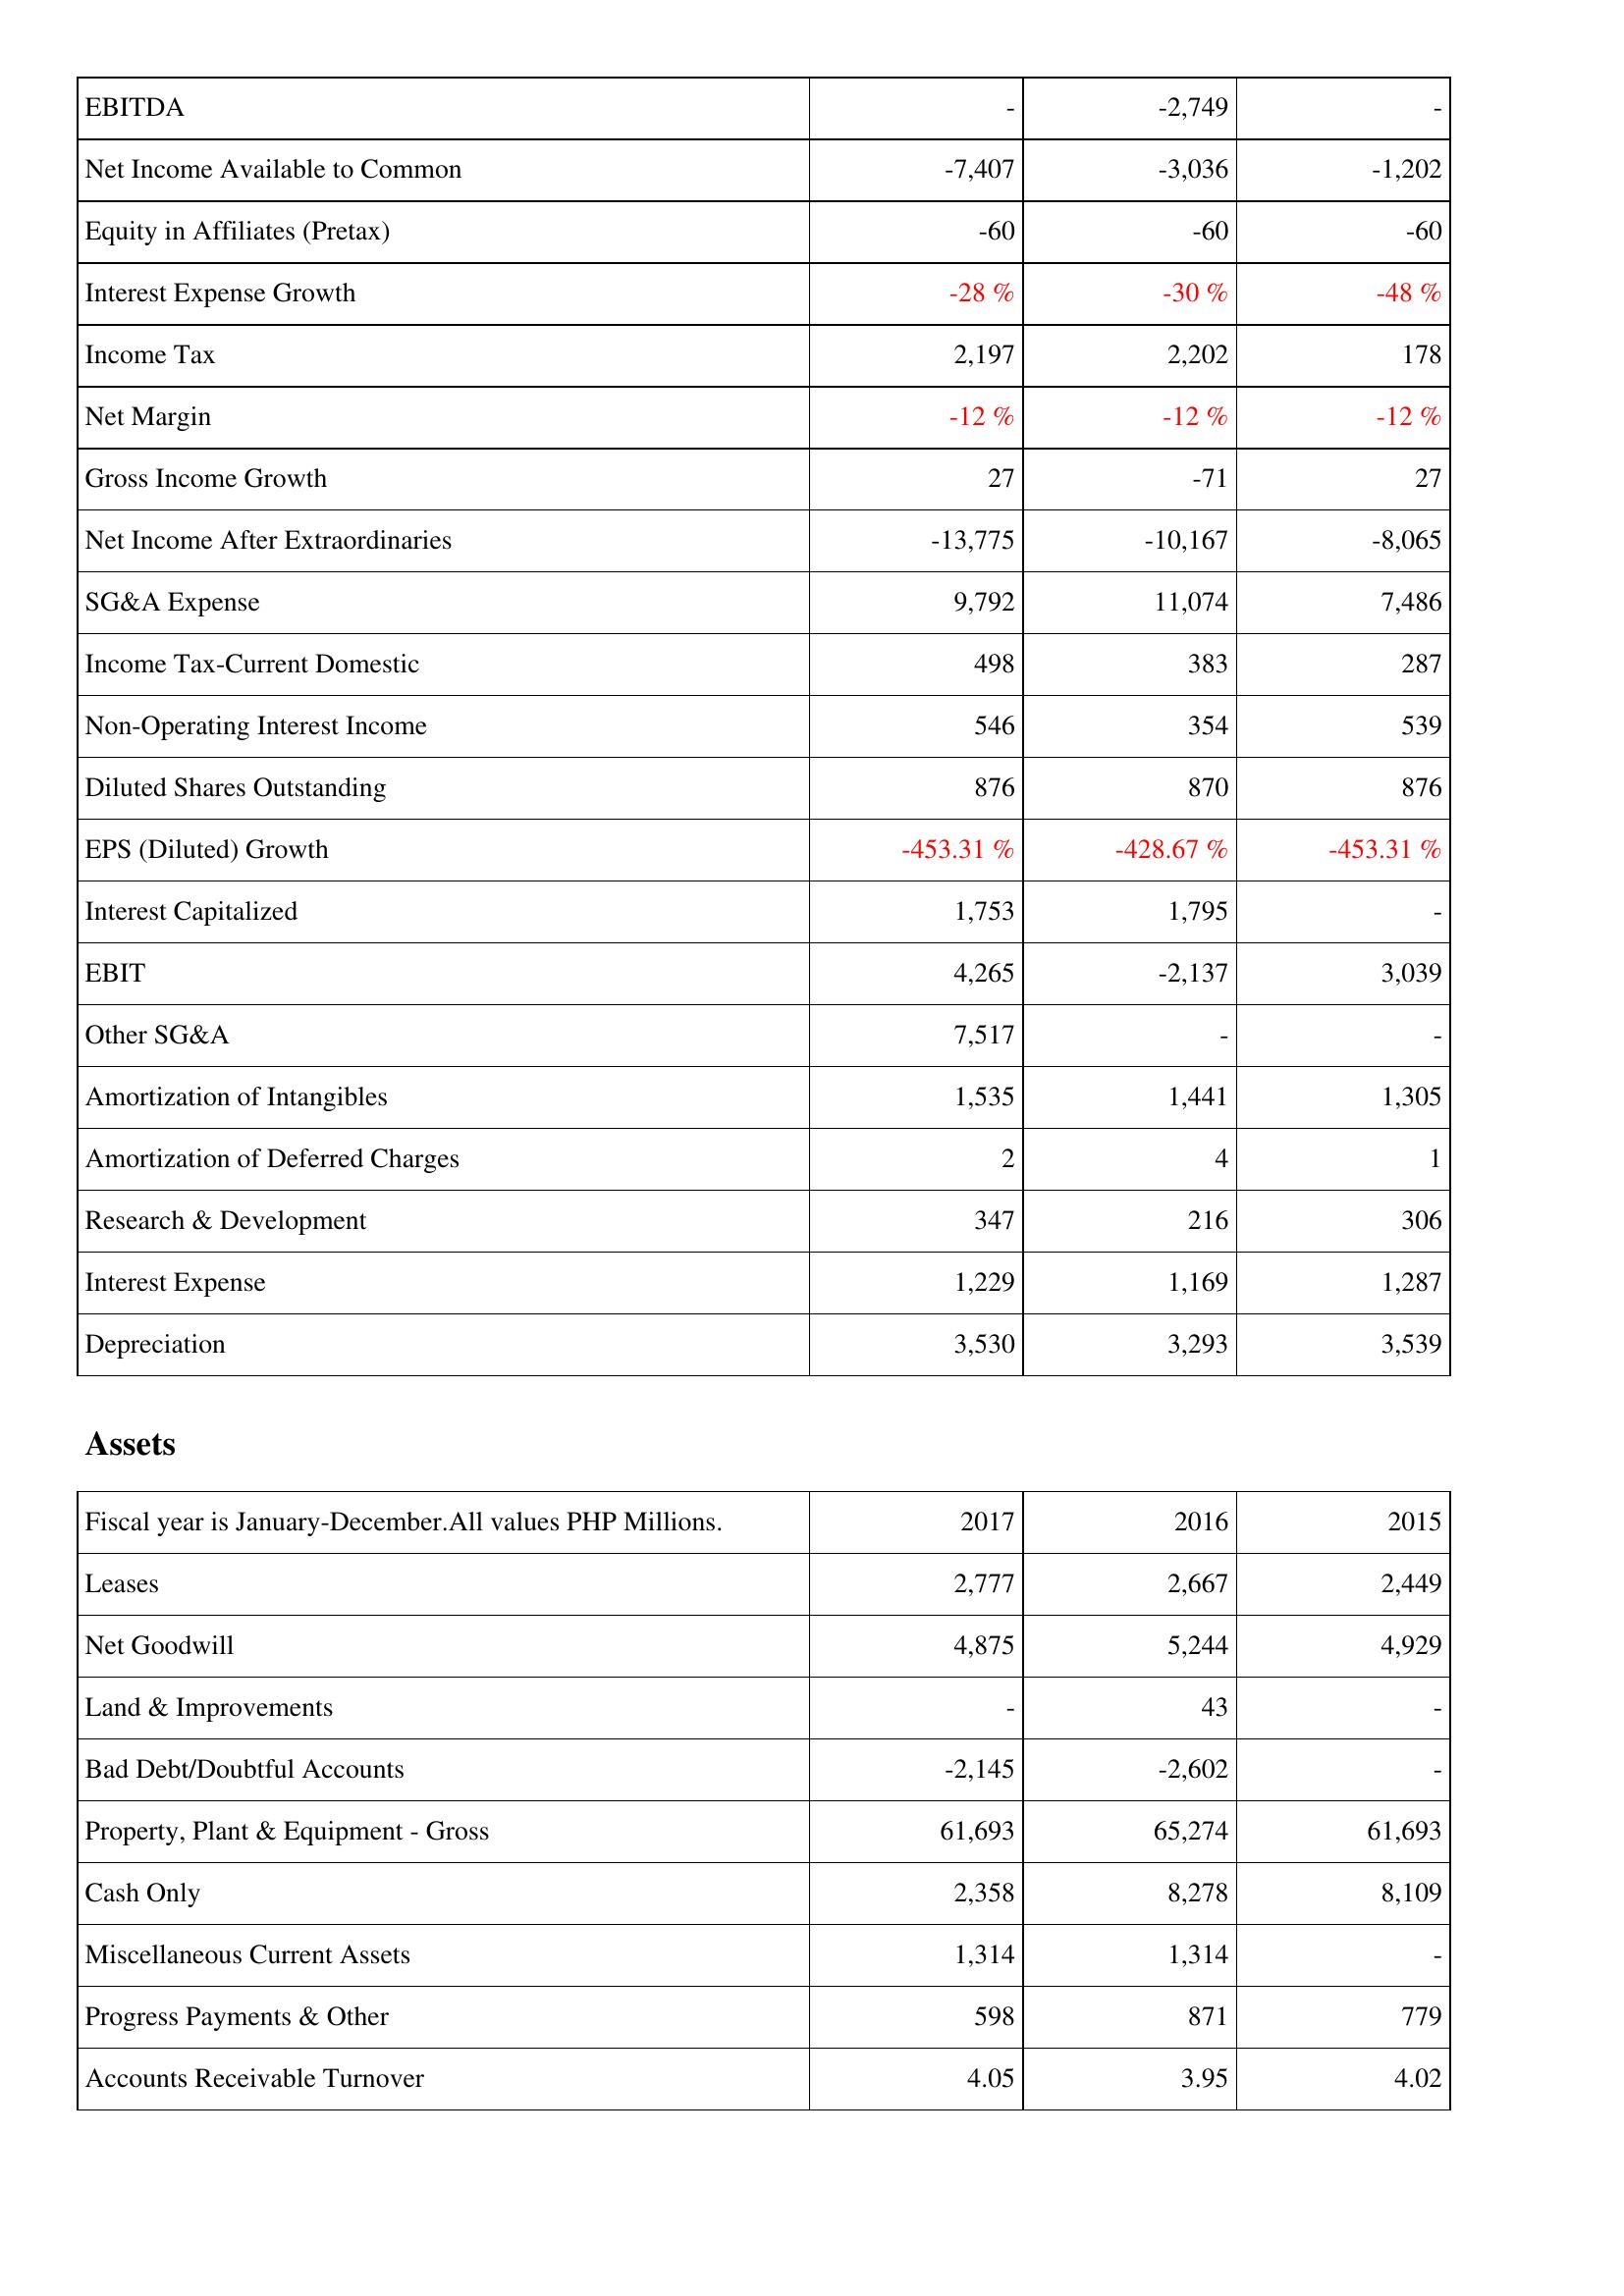
2017: Income Statement: EBITDA: -
Net Income Available to Common: -7,407
Equity in Affiliates (Pretax): -60
Interest Expense Growth: -28 %
Income Tax: 2,197
Net Margin: -12 %
Gross Income Growth: 27
Net Income After Extraordinaries: -13,775
SG&A Expense: 9,792
Income Tax-Current Domestic: 498
Non-Operating Interest Income: 546
Diluted Shares Outstanding: 876
EPS (Diluted) Growth: -453.31 %
Interest Capitalized: 1,753
EBIT: 4,265
Other SG&A: 7,517
Amortization of Intangibles: 1,535
Amortization of Deferred Charges: 2
Research & Development: 347
Interest Expense: 1,229
Depreciation: 3,530
Assets: Leases: 2,777
Net Goodwill: 4,875
Land & Improvements: -
Bad Debt/Doubtful Accounts: -2,145
Property, Plant & Equipment - Gross: 61,693
Cash Only: 2,358
Miscellaneous Current Assets: 1,314
Progress Payments & Other: 598
Accounts Receivable Turnover: 4.05
2016: Income Statement: EBITDA: -2,749
Net Income Available to Common: -3,036
Equity in Affiliates (Pretax): -60
Interest Expense Growth: -30 %
Income Tax: 2,202
Net Margin: -12 %
Gross Income Growth: -71
Net Income After Extraordinaries: -10,167
SG&A Expense: 11,074
Income Tax-Current Domestic: 383
Non-Operating Interest Income: 354
Diluted Shares Outstanding: 870
EPS (Diluted) Growth: -428.67 %
Interest Capitalized: 1,795
EBIT: -2,137
Other SG&A: -
Amortization of Intangibles: 1,441
Amortization of Deferred Charges: 4
Research & Development: 216
Interest Expense: 1,169
Depreciation: 3,293
Assets: Leases: 2,667
Net Goodwill: 5,244
Land & Improvements: 43
Bad Debt/Doubtful Accounts: -2,602
Property, Plant & Equipment - Gross: 65,274
Cash Only: 8,278
Miscellaneous Current Assets: 1,314
Progress Payments & Other: 871
Accounts Receivable Turnover: 3.95
2015: Income Statement: EBITDA: -
Net Income Available to Common: -1,202
Equity in Affiliates (Pretax): -60
Interest Expense Growth: -48 %
Income Tax: 178
Net Margin: -12 %
Gross Income Growth: 27
Net Income After Extraordinaries: -8,065
SG&A Expense: 7,486
Income Tax-Current Domestic: 287
Non-Operating Interest Income: 539
Diluted Shares Outstanding: 876
EPS (Diluted) Growth: -453.31 %
Interest Capitalized: -
EBIT: 3,039
Other SG&A: -
Amortization of Intangibles: 1,305
Amortization of Deferred Charges: 1
Research & Development: 306
Interest Expense: 1,287
Depreciation: 3,539
Assets: Leases: 2,449
Net Goodwill: 4,929
Land & Improvements: -
Bad Debt/Doubtful Accounts: -
Property, Plant & Equipment - Gross: 61,693
Cash Only: 8,109
Miscellaneous Current Assets: -
Progress Payments & Other: 779
Accounts Receivable Turnover: 4.02